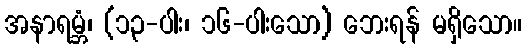
အနာရမ္ဘံ၊ (၁၃-ပါး၊ ၁၆-ပါးသော) ဘေးရန် မရှိသော။